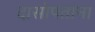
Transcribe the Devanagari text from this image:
दासोपंतांना